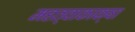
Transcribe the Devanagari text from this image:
महत्वाकाक्षा